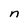
Character: n